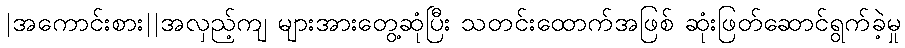
|အကောင်းစား||အလှည့်ကျ များအားတွေ့ဆုံပြီး သတင်းထောက်အဖြစ် ဆုံးဖြတ်ဆောင်ရွက်ခဲ့မှု